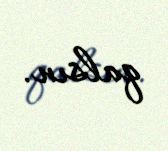
qalsın.